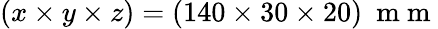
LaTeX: \left(x\times y\times z\right)=\left(140\times 30\times 20\right)~\mathrm{~m~m~}